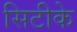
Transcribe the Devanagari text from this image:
सिटीके